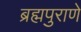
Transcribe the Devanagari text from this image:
ब्रह्मपुराणे